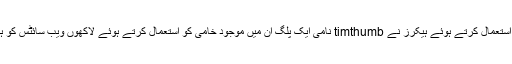
یہی طریقہ استعمال کرتے ہوئے ہیکرز نے timthumb نامی ایک پلگ اِن میں موجود خامی کو استعمال کرتے ہوئے لاکھوں ویب سائٹس کو ہیک کیا تھا۔